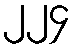
၂၂၄